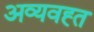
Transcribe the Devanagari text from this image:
अव्यवह्त